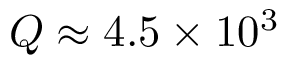
Q \approx 4 . 5 \times 1 0 ^ { 3 }